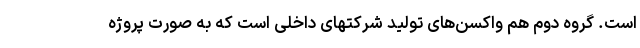
است. گروه دوم هم واکسن‌های تولید شرکتهای داخلی است که به صورت پروژه